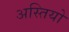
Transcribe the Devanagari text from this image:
अस्तियो